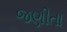
જણીતા